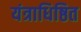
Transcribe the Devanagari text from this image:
यंत्राधिष्ठित